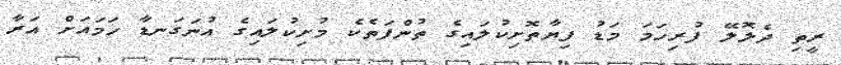
ރީތި ދެލޮލޭ ފުރިހަމަ މަޑު ފިޔާތޮށިކުލައިގެ ތުންފަތެކެ މުށިކުލައިގެ އުނަގަނޑާ ހަމައަށް އަރާ